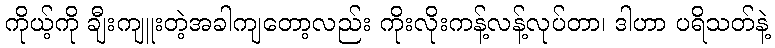
ကိုယ့်ကို ချီးကျူးတဲ့အခါကျတော့လည်း ကိုးလိုးကန့်လန့်လုပ်တာ၊ ဒါဟာ ပရိသတ်နဲ့